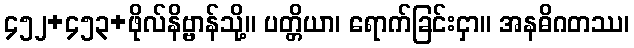
၄၅၂+၄၅၃+ဖိုလ်နိဗ္ဗာန်သို့။ ပတ္တိယာ၊ ရောက်ခြင်းငှာ။ အနဓိဂတဿ၊